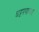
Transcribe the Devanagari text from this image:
घट्टपणाच्या